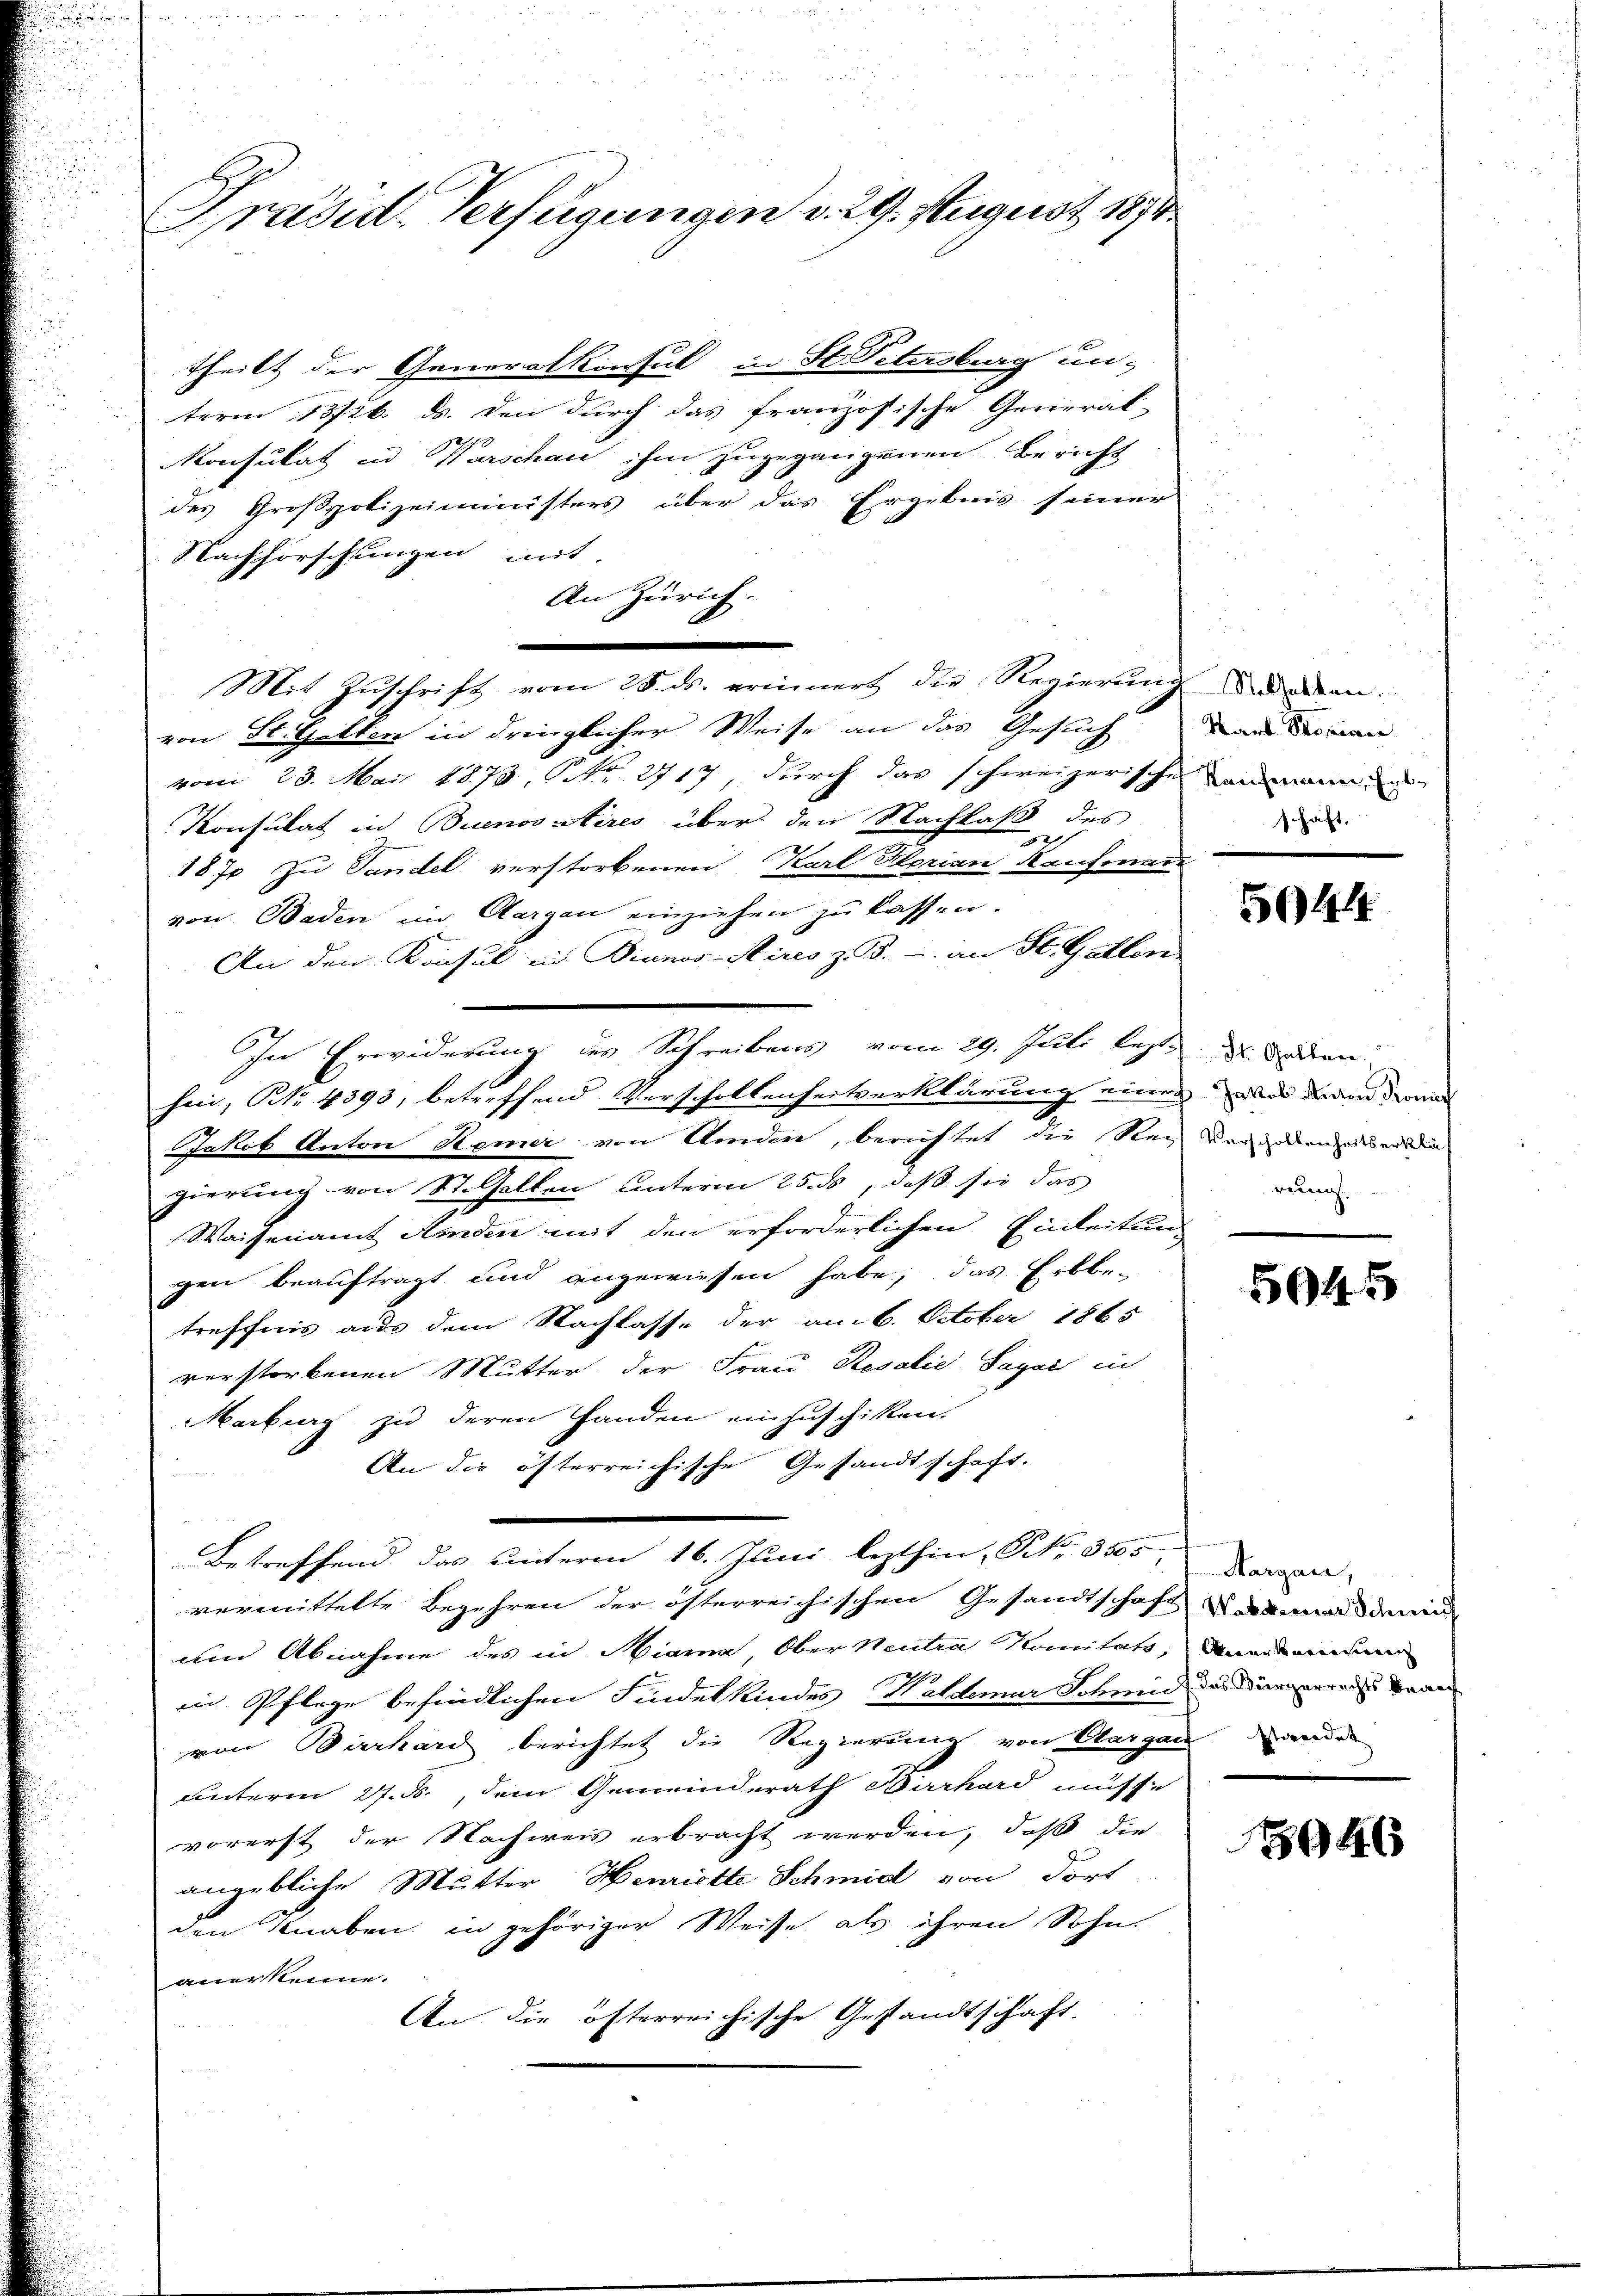
Präsid. Verfügungen v. 29. August 1890

theilt der Generalkonsul in St. Petersburg un-
term 13/16. ds. den durch das französische General-
Konsulat in Warschau ihm zugegangenen Bericht
des Großpolizeiministers über das Ergebnis seiner
Nachforschungen mit
An Zürich.
von St. Gallen in dringlicher Weise an das Gesuch
vom 23. Mai 1873, Nr. 2717, durch das schweizerische anmannen
Konsulat in Buenos stires über den Nachlaß des
2
1870 zu Sandel verstorbenen Karl Florian Kaufmann
von Baden im Aargau einziehen zu lassen.
An den Konsul in Dianos-Aires z. B. - an St. Gallen
In Erwiderung des Schreibens vom 29. Juli lezt u. den
sein, No. 4393, betreffend Verschollenheitserklärung einen des darin dann
Jakob Anton Hemer von Amden, berichtet die Rei
gierung von Stehalten unterm 25. ds, daß sie das
Waisenamt Anden mit den erforderlichen Einleitun
gen beauftragt und angewiesen habe; das Erbbe-
treffnis aus dem Nachlasse der am 6. October 1865
verstorbenen Mutter der Frau Rosalie Sagai in
Marburg zu deren Handen einzuschiken.
An die öfterreichische Gesandtschaft.
Betreffend das unterm 16. Juni lezthin, No. 3555
vermittelte Begehren der österreichischen Gesandtschaft aus dem
und Abnahme des in Niama, Ober Neutra Komitatz, Anastanderen
in Pflege befindlichen Findelkindes Waldenar Schmide darinnere Bran
von Bierhard berichtet die Regierung von Aargau andes
unterm 27. ds., dem Gemeinderath Birrhard müsse
vorerst der Nachweis erbracht werden, daß die
angebliche Mutter Henriette Schmid von dort
den Knaben in gehöriger Weise als ihren Sohn.
anerkenne.
An die öfterreichische Gestandtschaft.

Mit Zuschrift vom 28. ds. erinnert, die Regierung wurden.

Marb. Propinne.
schaft.

504

Verschollenheitserkläreuig.

5045

Margau,

3046